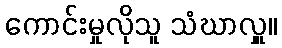
ကောင်းမှုလိုသူ သံဃာလှူ။